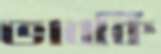
ভাবকি